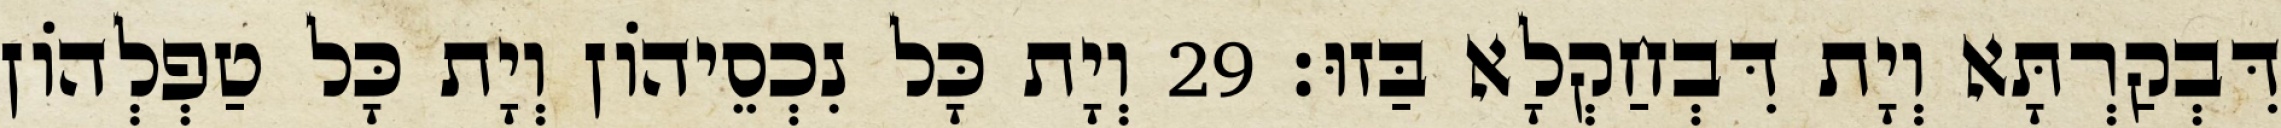
דִּבְקַרְתָּא וְיָת דִּבְחַקְלָא בַּזוּ׃ 29 וְיָת כָּל נִכְסֵיהוֹן וְיָת כָּל טַפְלְהוֹן